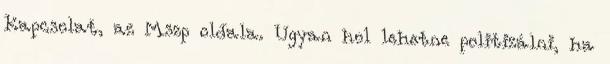
Kapcsolat, az Mszp oldala. Ugyan hol lehetne politizálni, ha